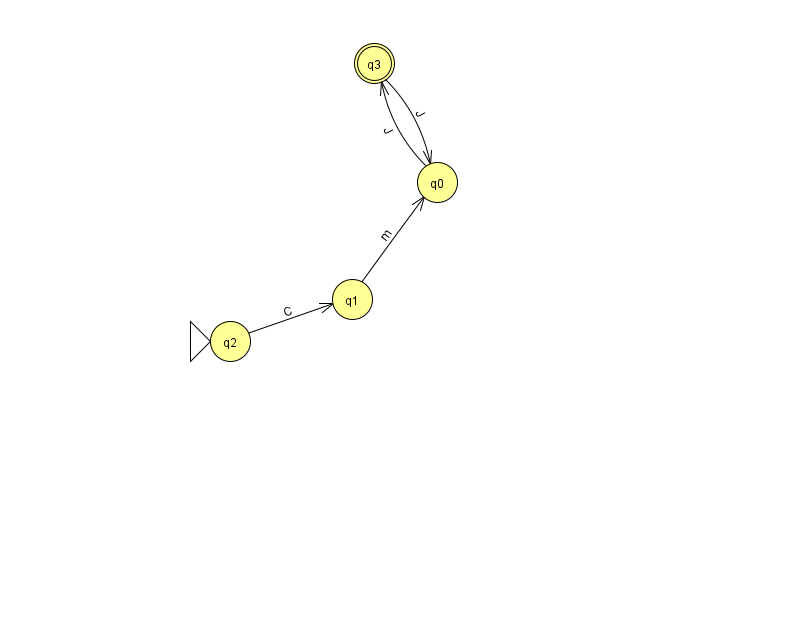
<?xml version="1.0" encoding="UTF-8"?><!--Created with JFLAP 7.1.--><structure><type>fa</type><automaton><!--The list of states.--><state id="0" name="q0"><x>437.0</x><y>169.0</y></state><state id="1" name="q1"><x>352.0</x><y>286.0</y></state><state id="2" name="q2"><x>230.0</x><y>328.0</y><initial/></state><state id="3" name="q3"><x>374.0</x><y>50.0</y><final/></state><!--The list of transitions.--><transition><from>2</from><to>1</to><read>C</read></transition><transition><from>0</from><to>3</to><read>J</read></transition><transition><from>3</from><to>0</to><read>J</read></transition><transition><from>1</from><to>0</to><read>m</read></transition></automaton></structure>